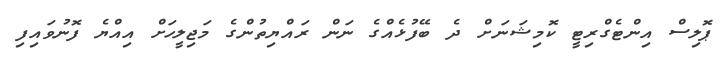
ޕޮލިސް އިންޓެގްރިޓީ ކޮމިޝަނަށް ދެ ބޭފުޅެއްގެ ނަން ރައްޔިތުންގެ މަޖިލީހަށް އިއްޔެ ފޮނުވައިފި